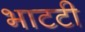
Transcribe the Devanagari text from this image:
भाटटी